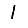
Digit: 1